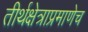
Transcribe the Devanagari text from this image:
तीर्थक्षेत्राप्रमाणेच